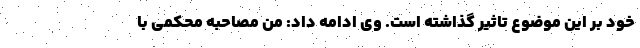
خود بر این موضوع تاثیر گذاشته است. وی ادامه داد: من مصاحبه محکمی با